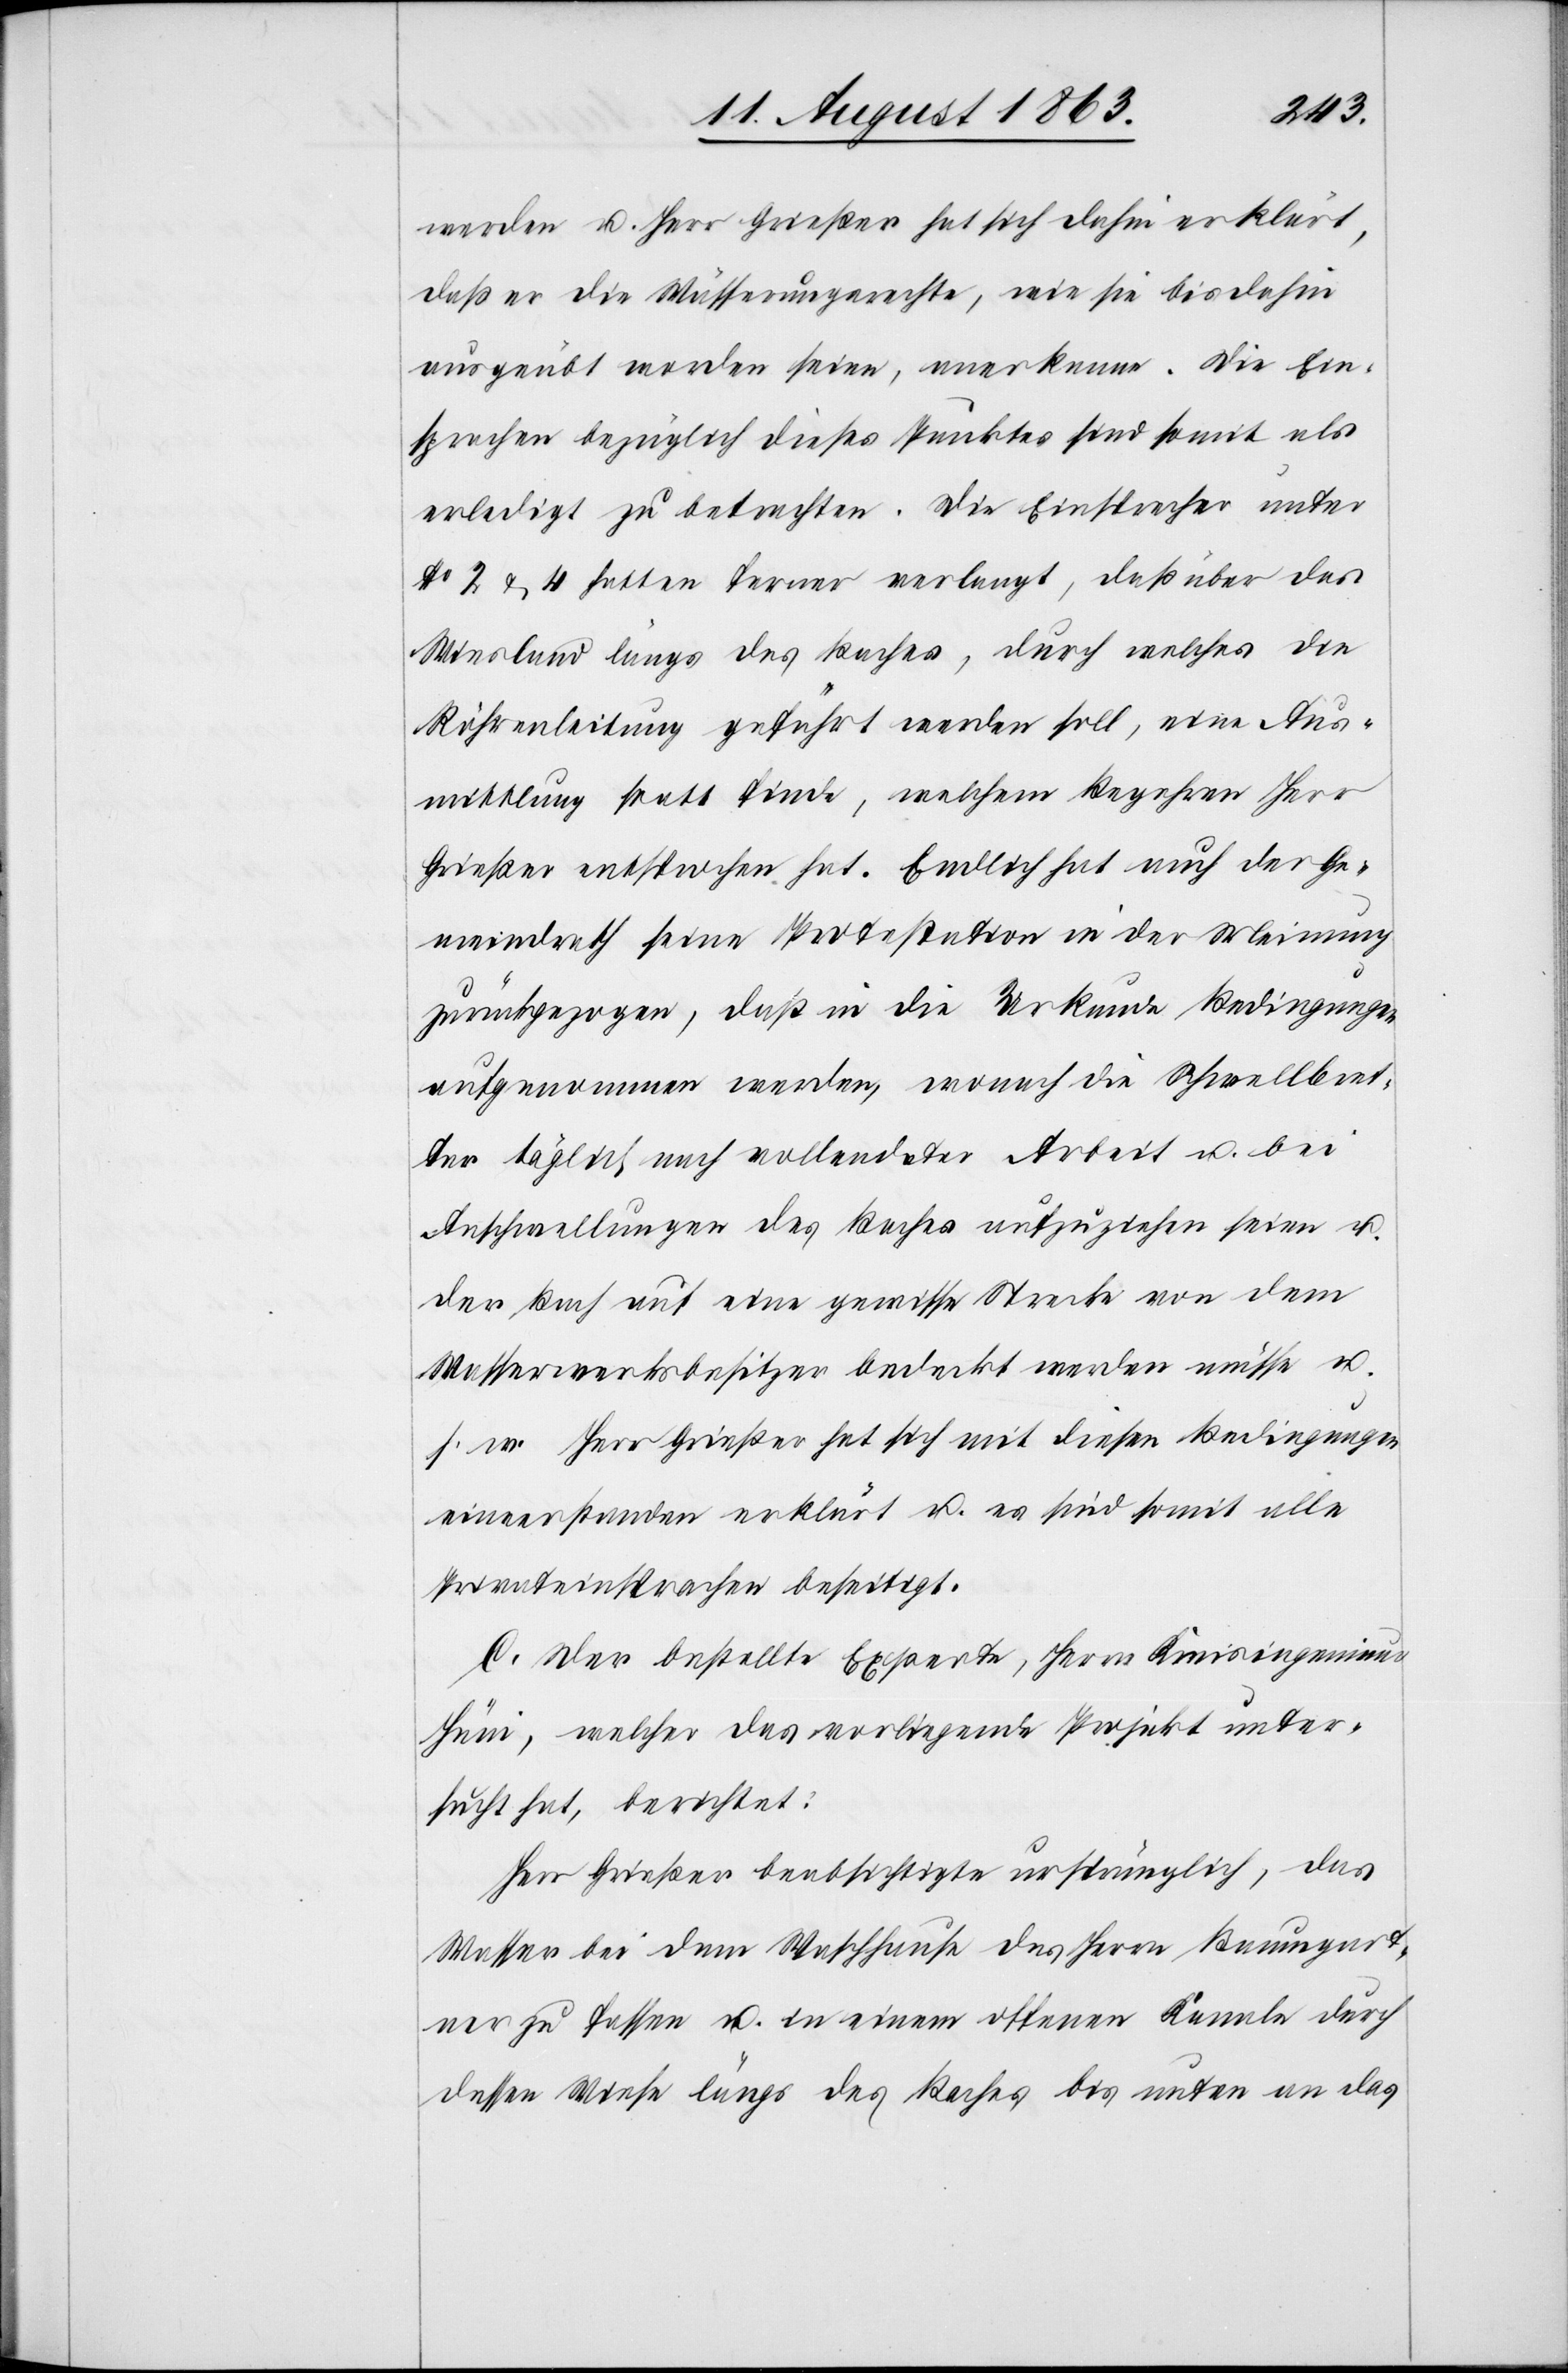
werden u. Herr Grießer hat sich dahin erklärt,
daß er die Wässerungsrechte, wie sie bis dahin
ausgeübt worden seien, anerkenne. Die Ein¬
sprachen bezüglich dieses Punktes sind somit als
erledigt zu betrachten. Die Einsprecher unter
No 2 & 4 hatten ferner verlangt, daß über das
Wiesland längs des Baches, durch welches die
Röhrenleitung geführt werden soll, eine Aus¬
mittlung statt finde, welchem Begehren Herr
Grießer entsprochen hat. Endlich hat auch der Ge¬
meindrath seine Protestation in der Meinung
zurückgezogen, daß in die Urkunde Bedingungen
aufgenommen werden, wonach die Schwellbret¬
ter täglich nach vollendeter Arbeit u. bei
Anschwellungen des Baches aufzuziehen seien u.
der Bach auf eine gewisse Strecke von dem
Wasserwerksbesitzer bedeckt werden müsse u.
s. w. Herr Grießer hat sich mit diesen Bedingungen
einverstanden erklärt u. es sind somit alle
Privateinsprachen beseitigt.
C. Der bestellte Experte, Herrn Kreisingenieur
Hüni, welcher das vorliegende Projekt unter¬
sucht hat, berichtet:
Herr Grießer beabsichtigte ursprünglich, das
Wasser bei dem Waschhause des Herrn Baumgart¬
ner zu fassen u. in einem offenen Kanale durch
dessen Wiese längs des Baches bis unten an das